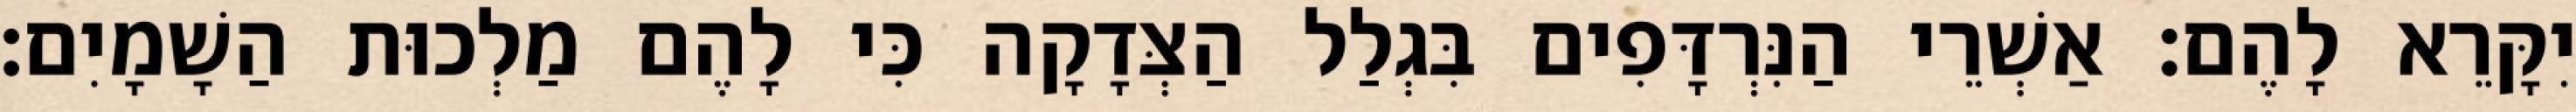
יִקָּרֵא לָהֶם׃ אַשְׁרֵי הַנִּרְדָּפִים בִּגְלַל הַצְּדָקָה כִּי לָהֶם מַלְכוּת הַשָׁמָיִם׃